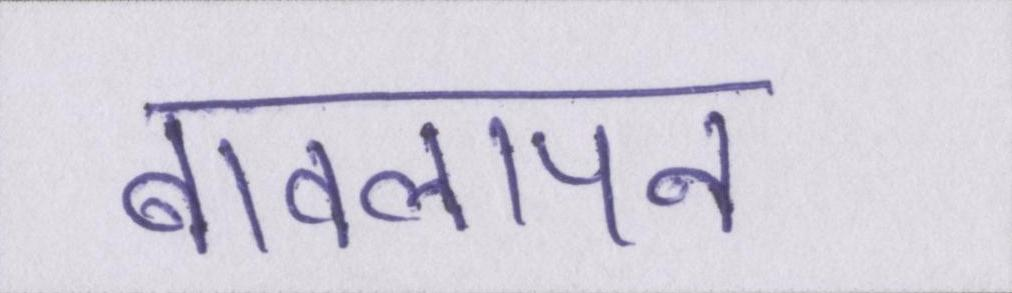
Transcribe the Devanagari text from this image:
बावलापन